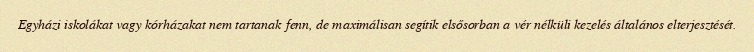
Egyházi iskolákat vagy kórházakat nem tartanak fenn, de maximálisan segítik elsősorban a vér nélküli kezelés általános elterjesztését.